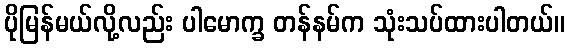
ပိုမြန်မယ်လို့လည်း ပါမောက္ခ တန်နမ်က သုံးသပ်ထားပါတယ်။